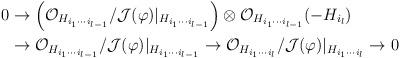
LaTeX: \begin{align*}0&\to \left (\mathcal O_{H_{i_1 \cdots i_{l-1}}}/\mathcal J(\varphi)|_{H_{i_1 \cdots i_{l-1}}}\right) \otimes \mathcal O_{H_{i_1 \cdots i_{l-1}}}(-H_{i_l})\\&\to \mathcal O_{H_{i_1 \cdots i_{l-1}}}/\mathcal J(\varphi)|_{H_{i_1 \cdots i_{l-1}}}\to \mathcal O_{H_{i_1 \cdots i_l}}/\mathcal J(\varphi)|_{H_{i_1 \cdots i_l}}\to 0\end{align*}